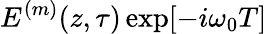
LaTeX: E^{(m)}(z,\tau)\exp[-i\omega_{0}T]